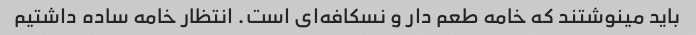
باید مینوشتند که خامه طعم دار و نسکافه‌ای است. انتظار خامه ساده داشتیم